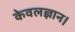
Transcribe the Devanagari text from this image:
केवलज्ञान।